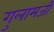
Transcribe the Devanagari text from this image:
गुलामजी